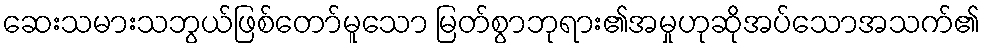
ဆေးသမားသဘွယ်ဖြစ်တော်မူသော မြတ်စွာဘုရား၏အမှုဟုဆိုအပ်သောအသက်၏